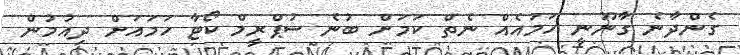
ގެންދާނެ ގާނޫނީ ހަމައެއް ނެތް ކަމަށް ބުނެ ސުޕްރީމް ކޯޓާ ހަމައަށް ދިއުމުން